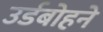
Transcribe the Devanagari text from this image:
उर्डबोहने